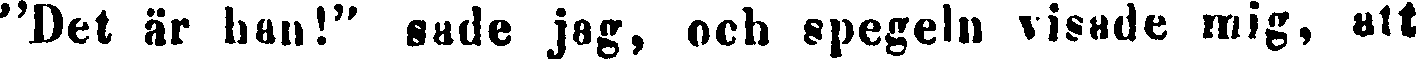
"Det är han!" sade jag, och spegeln visade mig, att